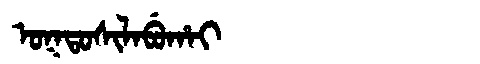
Manchu: ᠣᡴᡨᠣᠰᡳᠯᠠᠪᡠᡥᠠᡳ
Romanization: OKTOSILABUHAI